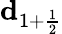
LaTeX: \mathbf{d}_{1+\frac{1}{2}}